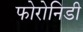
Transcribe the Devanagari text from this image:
फोरोनिडी